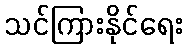
သင်ကြားနိုင်ရေး